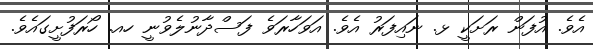
އެވެ. އުފަން ރަށަކީ ޅ. ނައިފަރު އެވެ. އަވަހާރަވެ ފަސްދާނުލެވުނީ ހއ. ހޯރަފުށީގައެވެ.